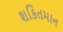
શકિતમાન